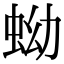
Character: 蚴